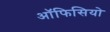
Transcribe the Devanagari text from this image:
ऑफिसियो